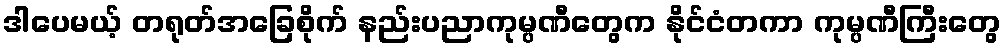
ဒါပေမယ့် တရုတ်အခြေစိုက် နည်းပညာကုမ္ပဏီတွေက နိုင်ငံတကာ ကုမ္ပဏီကြီးတွေ